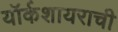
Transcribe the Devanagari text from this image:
यॉर्कशायराची